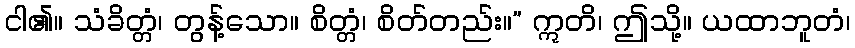
ငါ၏။ သံခိတ္တံ၊ တွန့်သော။ စိတ္တံ၊ စိတ်တည်း။” ဣတိ၊ ဤသို့။ ယထာဘူတံ၊